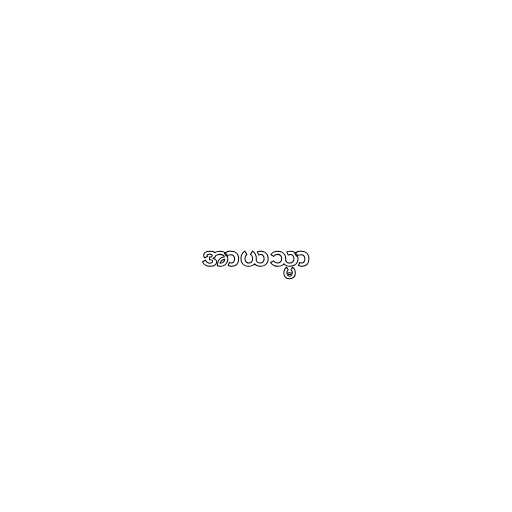
အာယသ္မာ